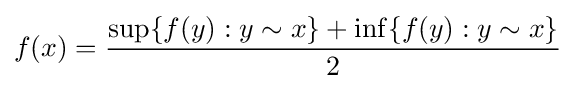
f(x)={\frac {\sup\{f(y):y\sim x\}+\inf\{f(y):y\sim x\}}{2}}